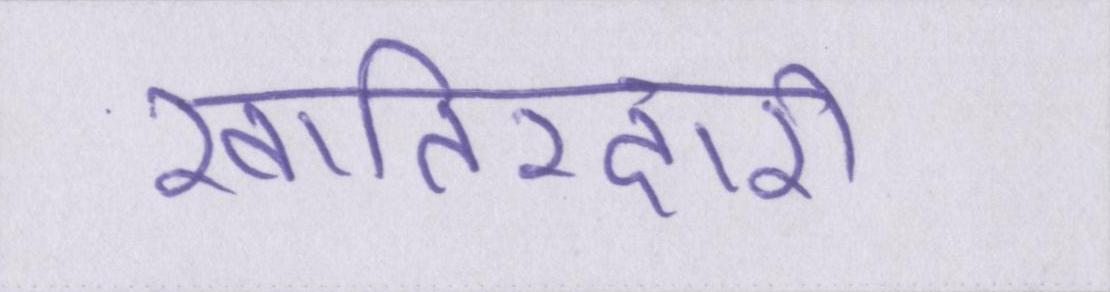
खातिरदारी